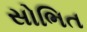
સોભિત